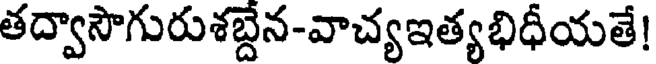
తద్వాసౌగురుశబ్దేన-వాచ్యఇత్యభిధీయతే!